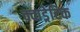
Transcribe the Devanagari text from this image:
क्वाड्रेटिक